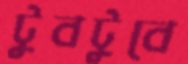
টুবটুবে